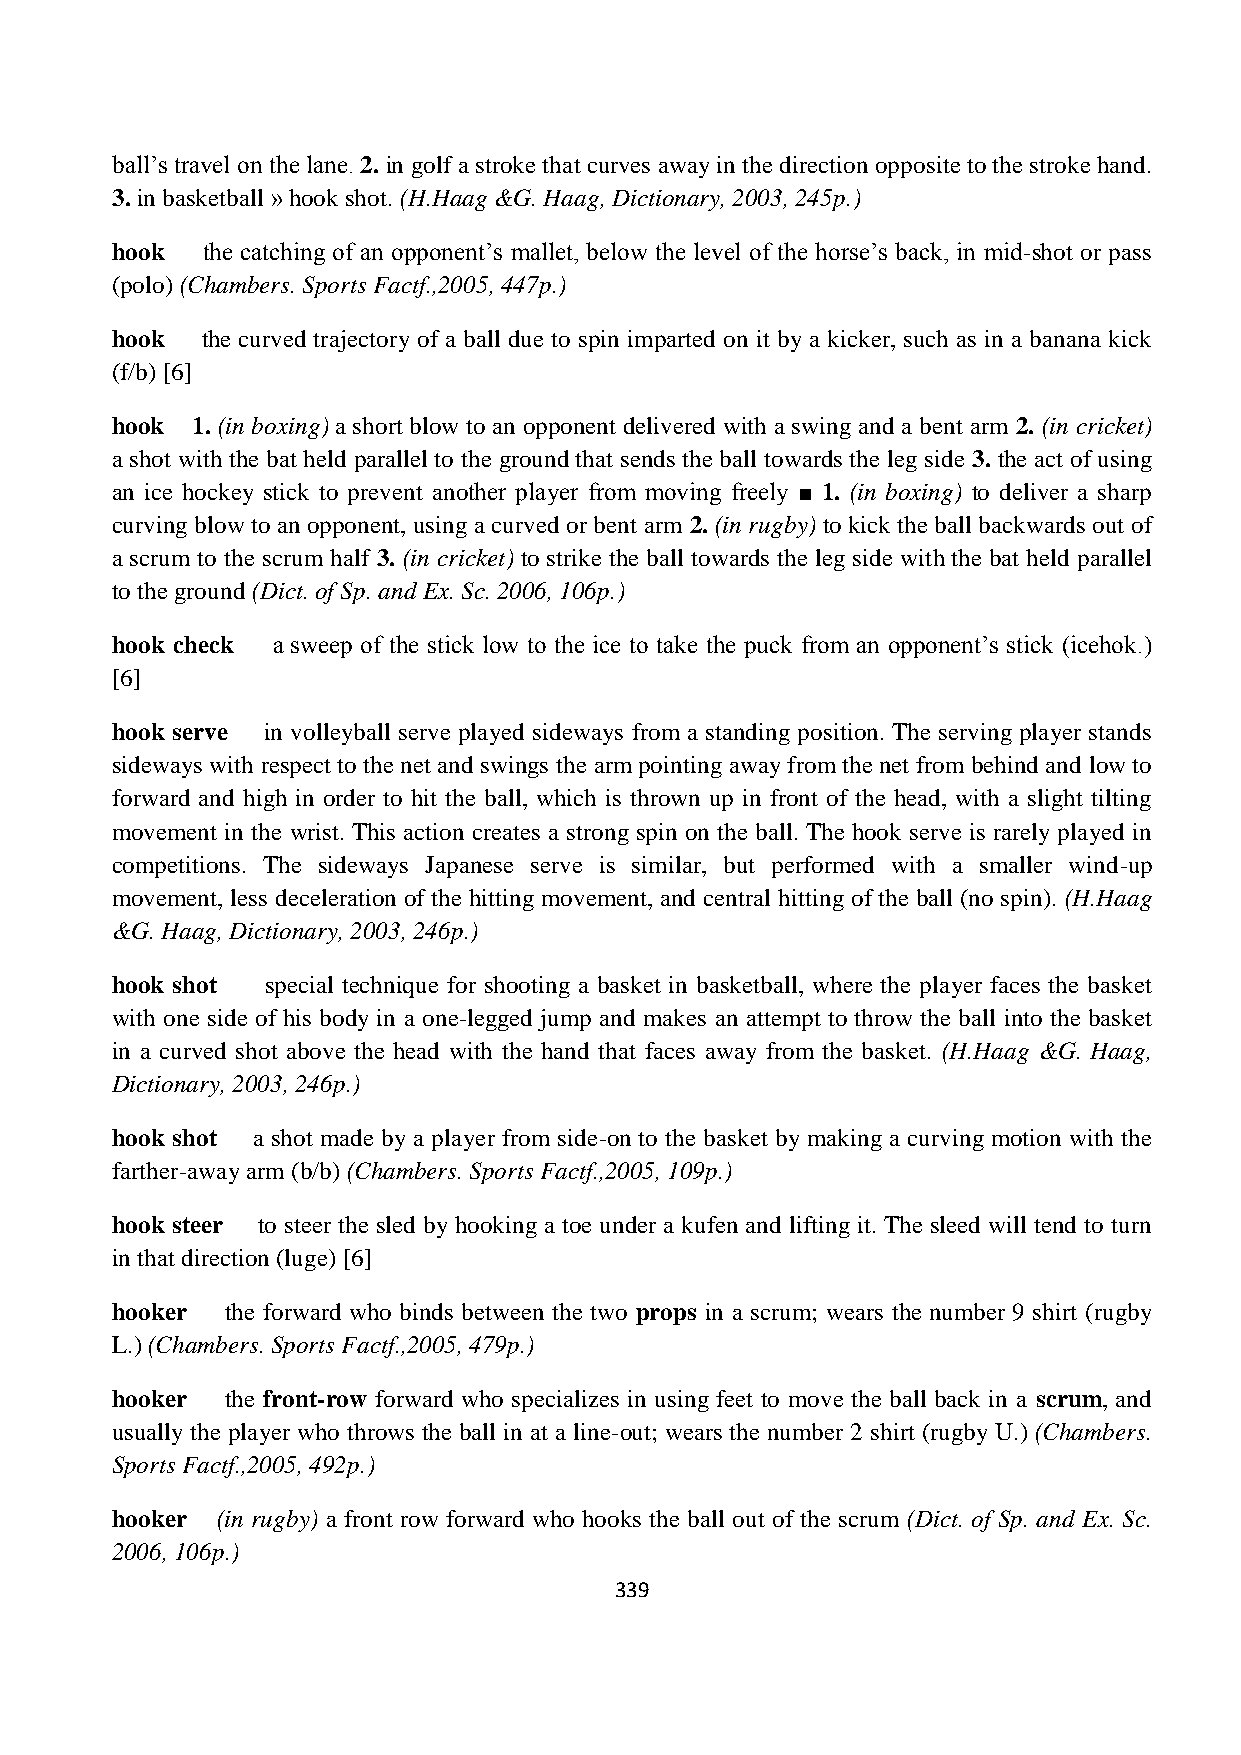
ball‟s travel on the lane. 2. in golf a stroke that curves away in the direction opposite to the stroke hand.
 3. in basketball » hook shot. (H.Haag &G. Haag, Dictionary, 2003, 245p.)
 hook  the catching of an opponent‟s mallet, below the level of the horse‟s back, in mid-shot or pass
 (polo) (Chambers. Sports Factf.,2005, 447p.)
 hook  the curved trajectory of a ball due to spin imparted on it by a kicker, such as in a banana kick
 (f/b) [6]
 hook  1. (in boxing) a short blow to an opponent delivered with a swing and a bent arm 2. (in cricket)
 a shot with the bat held parallel to the ground that sends the ball towards the leg side 3. the act of using
 an ice hockey stick to prevent another player from moving freely ■ 1. (in boxing) to deliver a sharp
 curving blow to an opponent, using a curved or bent arm 2. (in rugby) to kick the ball backwards out of
 a scrum to the scrum half 3. (in cricket) to strike the ball towards the leg side with the bat held parallel
 to the ground (Dict. of Sp. and Ex. Sc. 2006, 106p.)
 hook check a sweep of the stick low to the ice to take the puck from an opponent‟s stick (icehok.)
 [6]
 hook serve in volleyball serve played sideways from a standing position. The serving player stands
 sideways with respect to the net and swings the arm pointing away from the net from behind and low to
 forward and high in order to hit the ball, which is thrown up in front of the head, with a slight tilting
 movement in the wrist. This action creates a strong spin on the ball. The hook serve is rarely played in
 competitions. The sideways Japanese serve is similar, but performed with a smaller wind-up
 movement, less deceleration of the hitting movement, and central hitting of the ball (no spin). (H.Haag
 &G. Haag, Dictionary, 2003, 246p.)
 hook shot  special technique for shooting a basket in basketball, where the player faces the basket
 with one side of his body in a one-legged jump and makes an attempt to throw the ball into the basket
 in a curved shot above the head with the hand that faces away from the basket. (H.Haag &G. Haag,
 Dictionary, 2003, 246p.)
 hook shot a shot made by a player from side-on to the basket by making a curving motion with the
 farther-away arm (b/b) (Chambers. Sports Factf.,2005, 109p.)
 hook steer to steer the sled by hooking a toe under a kufen and lifting it. The sleed will tend to turn
 in that direction (luge) [6]
 hooker  the forward who binds between the two props in a scrum; wears the number 9 shirt (rugby
 L.) (Chambers. Sports Factf.,2005, 479p.)
 hooker  the front-row forward who specializes in using feet to move the ball back in a scrum, and
 usually the player who throws the ball in at a line-out; wears the number 2 shirt (rugby U.) (Chambers.
 Sports Factf.,2005, 492p.)
 hooker (in rugby) a front row forward who hooks the ball out of the scrum (Dict. of Sp. and Ex. Sc.
 2006, 106p.)
 339